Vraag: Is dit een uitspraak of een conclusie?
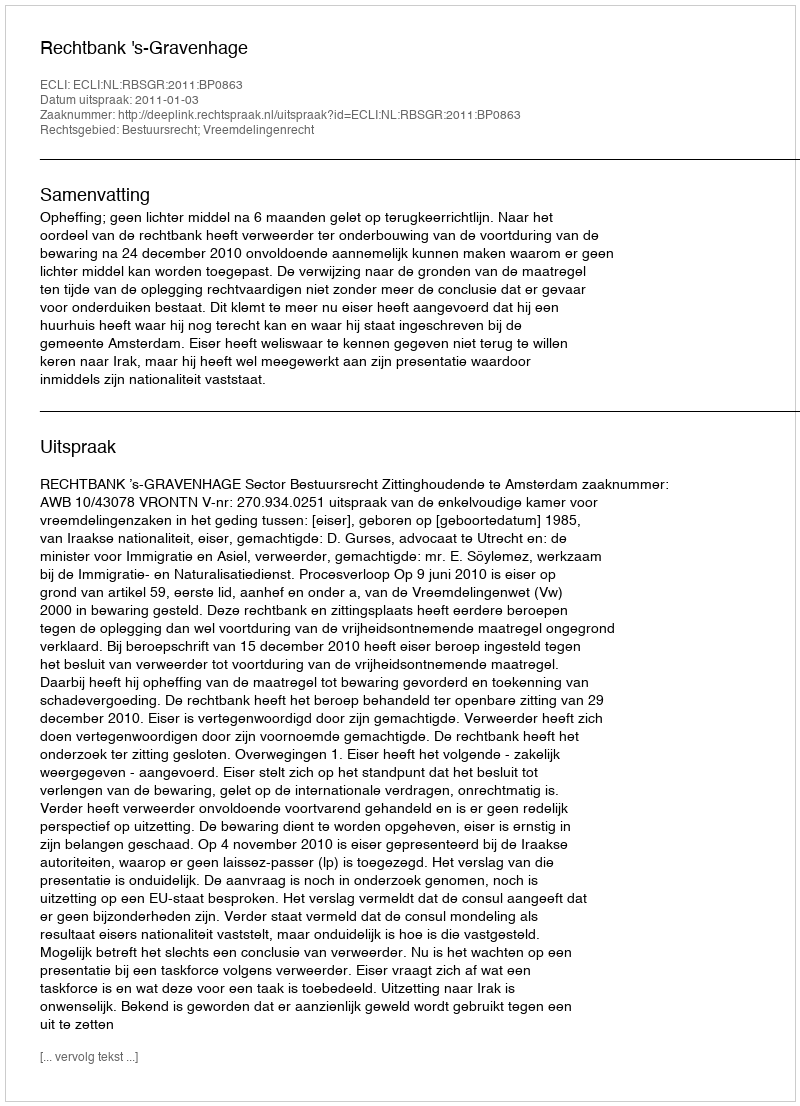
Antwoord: Uitspraak